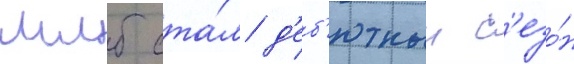
млб ста́л д'еб'ютныи с'езо́н